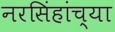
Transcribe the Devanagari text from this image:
नरसिंहांच्या